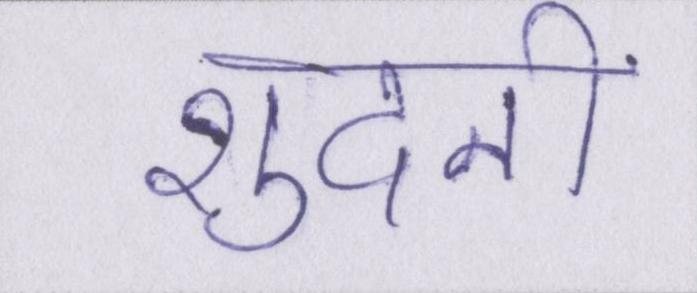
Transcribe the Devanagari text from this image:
शुदनी